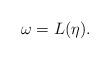
LaTeX: \begin{align*} \omega = L(\eta).\end{align*}